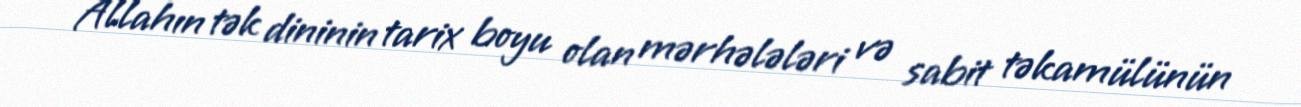
Allahın tək dininin tarix boyu olan mərhələləri və sabit təkamülünün